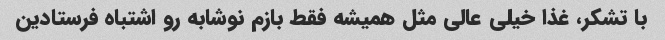
با تشکر، غذا خیلی عالی مثل همیشه فقط بازم نوشابه رو اشتباه فرستادین